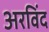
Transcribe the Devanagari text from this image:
अरविंद